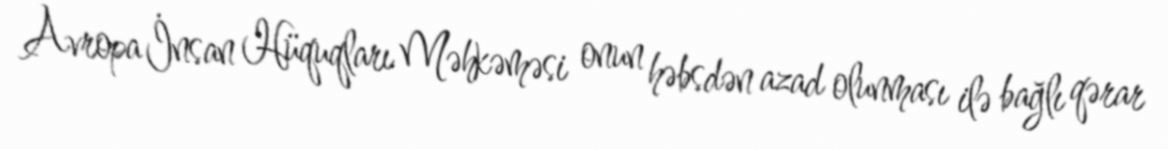
Avropa İnsan Hüquqları Məhkəməsi onun həbsdən azad olunması ilə bağlı qərar